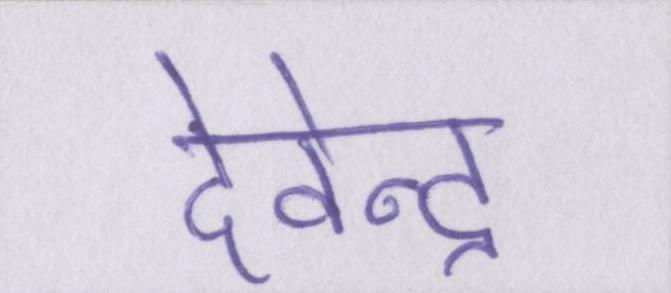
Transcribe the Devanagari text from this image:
देवेन्द्र